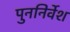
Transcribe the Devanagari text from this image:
पुननिर्वेश